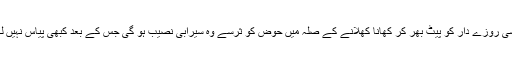
۹:… کسی روزے دار کو پیٹ بھر کر کھانا کھلانے کے صلہ میں حوضِ کو ثرسے وہ سیرابی نصیب ہو گی جس کے بعد کبھی پیاس نہیں لگے گی۔